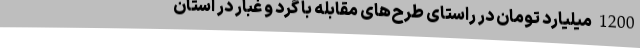
1200 میلیارد تومان در راستای طرح‌های مقابله با گرد و غبار در استان